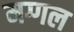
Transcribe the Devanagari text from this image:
मग्गल